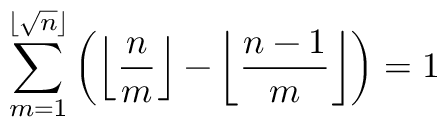
\sum _ { m = 1 } ^ { \lfloor { \sqrt { n } } \rfloor } \left( \left\lfloor { \frac { n } { m } } \right\rfloor - \left\lfloor { \frac { n - 1 } { m } } \right\rfloor \right) = 1